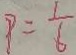
P = \frac { 1 } { 6 }